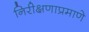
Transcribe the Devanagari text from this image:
निरीक्षणाप्रमाणे